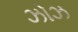
ઝોઝ